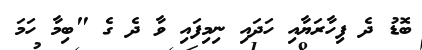
ބޮޑު ދެ ފިހާރަޔާއި ހަދައި ނިމިފައި ވާ ދެ ގެ "ބިމާ ހަމަ